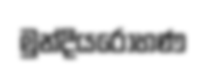
මුන්දියරෝහණ